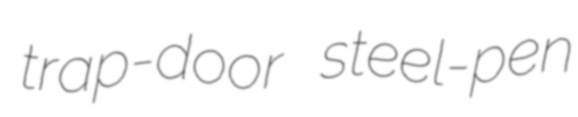
trap-door steel-pen